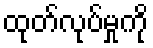
ထုတ်လုပ်မှုကို